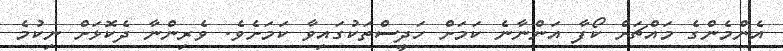
އެންމެންގެ މައްޗަށް ކޯފާ އަންނާނެ ކަަމަށް ހަދީސްތަކުގައިވާ ކަމަށެވެ. ވެރިންނާ ދެކޮޅަށް ނިކުމެ